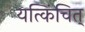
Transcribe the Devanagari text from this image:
यत्किंचित्‌